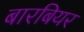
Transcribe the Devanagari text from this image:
बारबियर